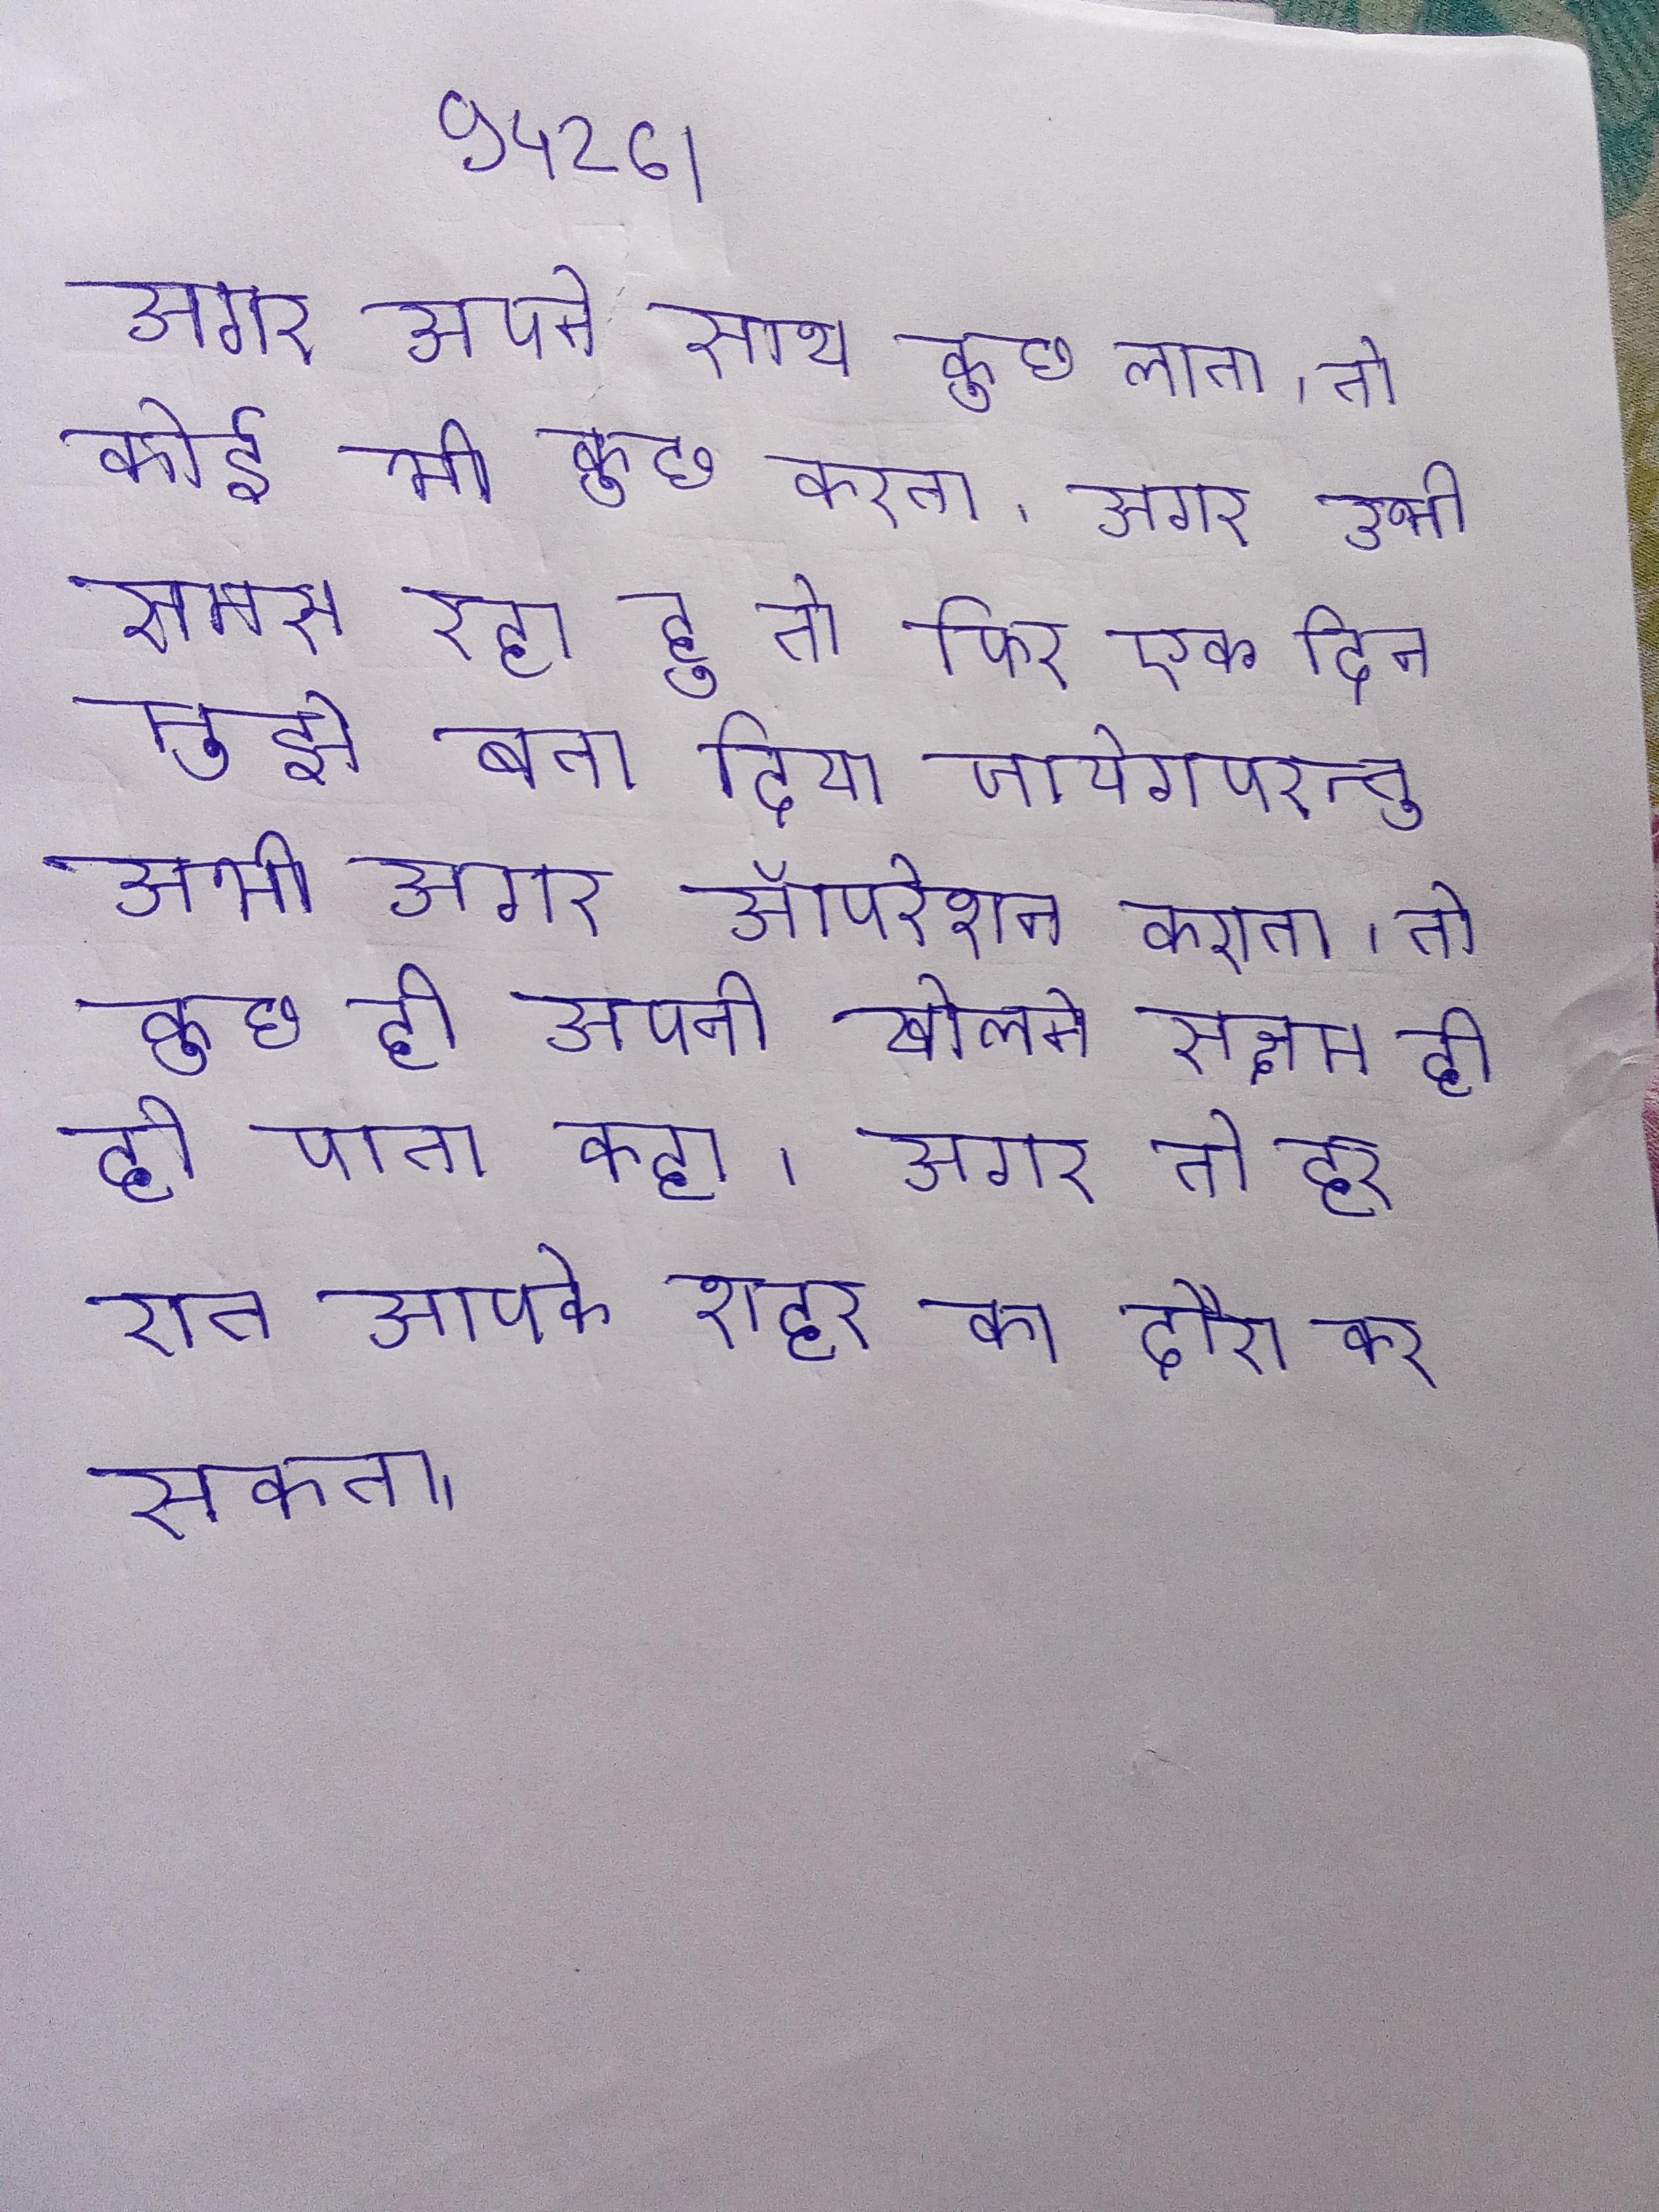
"अगर अपने साथ कुछ लाता, तो कोई भी कुछ करता." अगर अभी समझ रहा हू तो फिर एक दिन मुझे बता दिया जायेगा - परन्तु अभी अगर ऑपरेशन कराता, तो कुछ ही अपनी खोलने सक्षम ही हो पाता," कहा । अगर तो हर रात आपके शहर का दौरा कर सकता ।